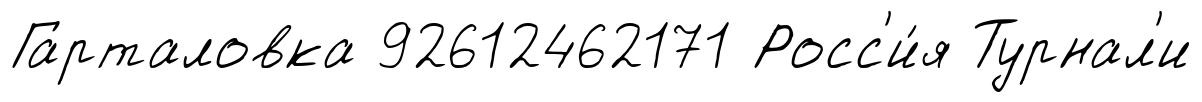
Гарталовка 92612462171 Росс'и́я Турнал'и